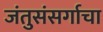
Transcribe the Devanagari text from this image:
जंतुसंसर्गाचा